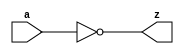
module inv_2(
             input [ 7:0 ]  a,
             output wire [ 7:0 ]  z
             );
   assign z = ~a;
endmodule